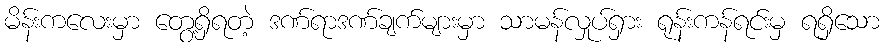
မိန်းကလေးမှာ တွေ့ရှိရတဲ့ ဒဏ်ရာဒဏ်ချက်များမှာ သာမန်လှုပ်ရှား ရုန်းကန်ရင်းမှ ရရှိသော